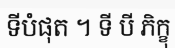
ទីបំផុត ។ ទី បី ភិក្ខុ